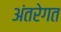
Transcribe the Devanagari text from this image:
अंतरेगत